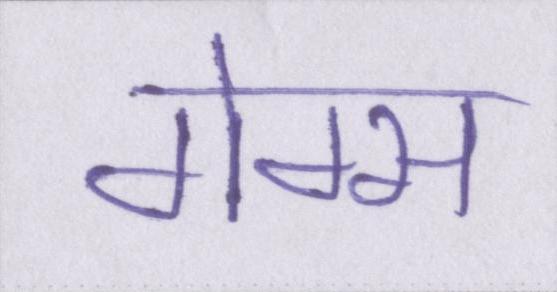
गेम्स